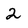
Character: 2